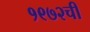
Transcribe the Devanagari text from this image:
१९७२ची